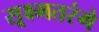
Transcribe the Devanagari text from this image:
सूक्ष्मतरंगे